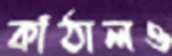
কাঁঠালও